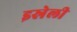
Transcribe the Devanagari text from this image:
इस्रेली